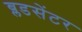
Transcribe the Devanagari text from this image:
ब्लडसेंटर